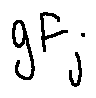
g F _ { j }